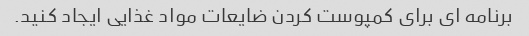
برنامه ای برای کمپوست کردن ضایعات مواد غذایی ایجاد کنید.